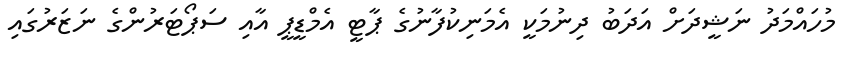
މުހައްމަދު ނަޝީދަށް އަދަބު ދިނުމަކީ އެމަނިކުފާނުގެ ޕާޓީ އެމްޑީޕީ އާއި ސަޕޯޓަރުންގެ ނަޒަރުގައި